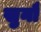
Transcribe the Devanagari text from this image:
खुनौ